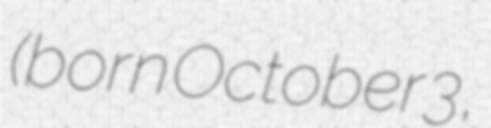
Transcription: (born October 3,